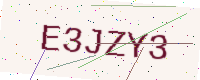
Text: E3JZY3